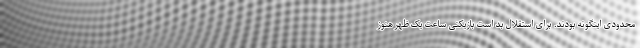
محدودی اینگونه بودند. برای استقلال بد است بازیکنی ساعت یک ظهر هنوز